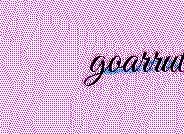
goarrut